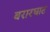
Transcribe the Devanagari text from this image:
बरारघाट